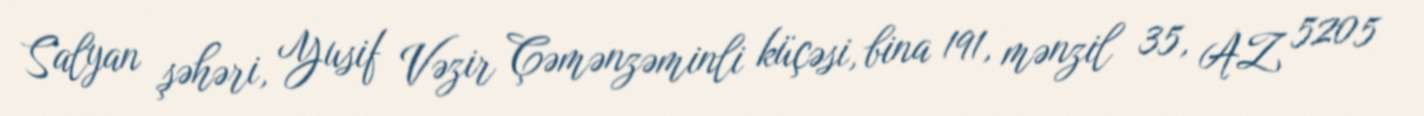
Salyan şəhəri, Yusif Vəzir Çəmənzəminli küçəsi, bina 191, mənzil 35, AZ 5205